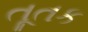
તૂતક